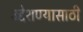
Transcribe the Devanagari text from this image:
उद्देशण्यासाठी